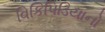
વિકિપિડિયાનો